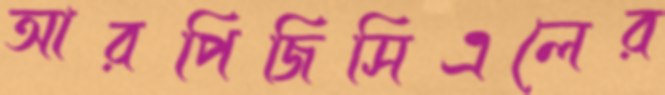
আরপিজিসিএলের